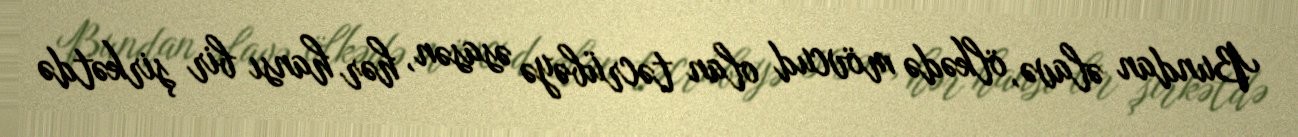
Bundan əlavə, ölkədə mövcud olan təcrübəyə əsasən, hər hansı bir şirkətdə